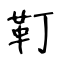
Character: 靪